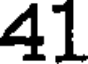
41